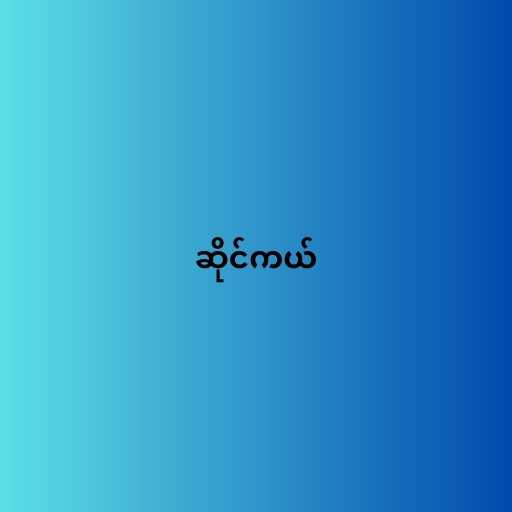
ဆိုင်ကယ်